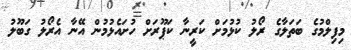
މިފިލްމުގެ ބަތަލާގެ ރޯލު ކުޅުމަށް ކަރީނާ ކަޕޫރަށް ހުށައެޅުމުން އޭނާ އެރޯލު ގަބޫލު